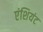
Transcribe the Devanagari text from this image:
एंशियंट